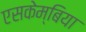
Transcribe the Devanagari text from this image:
एसकेम्बिया